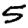
Digit: 5